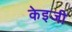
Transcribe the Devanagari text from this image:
केइजी